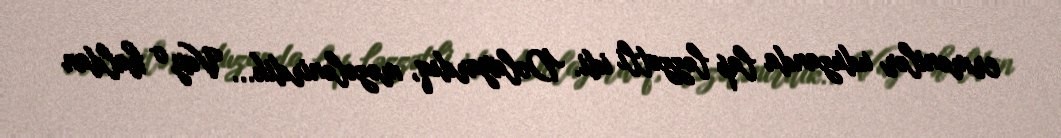
ermənilər uduzanda lap ləzzətli idi. Dolayardıq, məzələnirdik... Vay o haldan